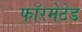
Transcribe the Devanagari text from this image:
फॉरमेटेड